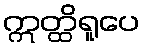
ဣတ္ထိရူပေ